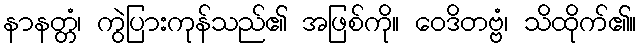
နာနတ္တံ၊ ကွဲပြားကုန်သည်၏ အဖြစ်ကို။ ဝေဒိတဗ္ဗံ၊ သိထိုက်၏။